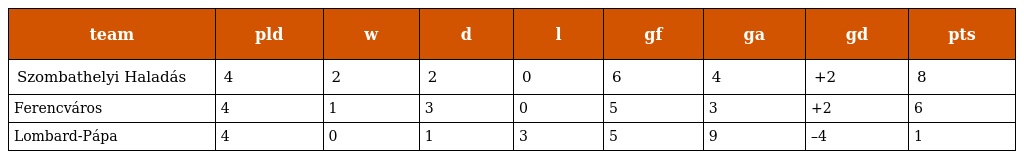
| team | pld | w | d | l | gf | ga | gd | pts |
 | --- | --- | --- | --- | --- | --- | --- | --- | --- |
 | Szombathelyi Haladás | 4 | 2 | 2 | 0 | 6 | 4 | +2 | 8 |
 | Ferencváros | 4 | 1 | 3 | 0 | 5 | 3 | +2 | 6 |
 | Lombard-Pápa | 4 | 0 | 1 | 3 | 5 | 9 | –4 | 1 |